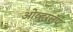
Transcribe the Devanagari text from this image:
ओव्हरलॅप